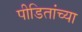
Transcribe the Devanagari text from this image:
पीडितांच्या